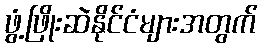
ဖွံ့ဖြိုးဆဲနိုင်ငံများအတွက်